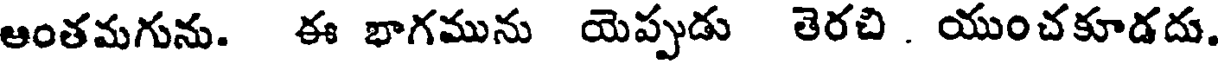
ఆంతమగును. ఈ భాగమును యెప్పుడు తెరచి . యుంచకూడదు.